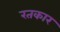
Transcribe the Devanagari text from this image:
रतकार